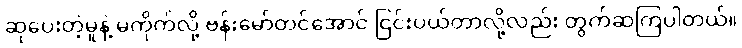
ဆုပေးတဲ့မူနဲ့ မကိုက်လို့ ဗန်းမော်တင်အောင် ငြင်းပယ်တာလို့လည်း တွက်ဆကြပါတယ်။